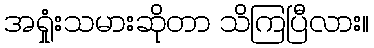
အရှုံးသမားဆိုတာ သိကြပြီလား။